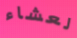
لعشاء